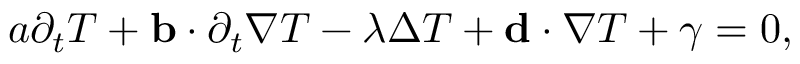
\begin{array} { r } { a \partial _ { t } T + \mathbf b \cdot \partial _ { t } \nabla T - \lambda \Delta T + \mathbf d \cdot \nabla T + \gamma = 0 , } \end{array}